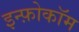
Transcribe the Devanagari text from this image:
इन्फ़ोकॉम